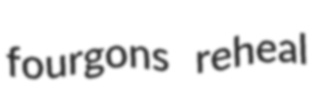
fourgons reheal